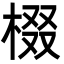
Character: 棳